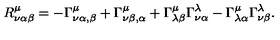
R _ { \nu \alpha \beta } ^ { \mu } = - \Gamma _ { \nu \alpha , \beta } ^ { \mu } + \Gamma _ { \nu \beta , \alpha } ^ { \mu } + \Gamma _ { \lambda \beta } ^ { \mu } \Gamma _ { \nu \alpha } ^ { \lambda } - \Gamma _ { \lambda \alpha } ^ { \mu } \Gamma _ { \nu \beta } ^ { \lambda } .